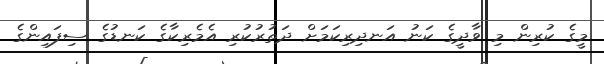
މީގެ ކުރިން މި ވާދީގެ ކަނު އަނދިރިކަމަށް ދަތުރުކުރި އެމެރިކާގެ ކަނޑުގެ ސިފައިންގެ